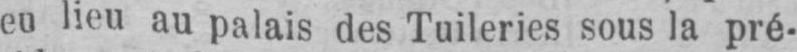
eu lieu au palais des Tuileries sous la pré-